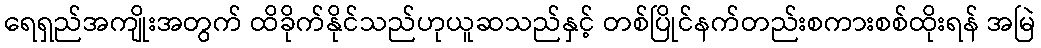
ရေရှည်အကျိုးအတွက် ထိခိုက်နိုင်သည်ဟုယူဆသည်နှင့် တစ်ပြိုင်နက်တည်းစကားစစ်ထိုးရန် အမြဲ